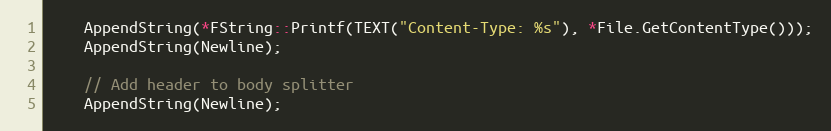
Language: C++
	AppendString(*FString::Printf(TEXT("Content-Type: %s"), *File.GetContentType()));
	AppendString(Newline);

	// Add header to body splitter
	AppendString(Newline);